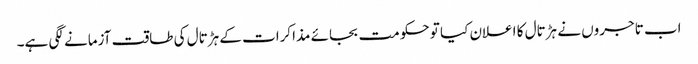
اب تاجروں نے ہڑتال کا اعلان کیا تو حکومت بجائے مذاکرات کے ہڑتال کی طاقت آزمانے لگی ہے۔